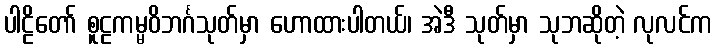
ပါဠိတော် စူဠကမ္မဝိဘင်္ဂသုတ်မှာ ဟောထားပါတယ်၊ အဲဒီ သုတ်မှာ သုဘဆိုတဲ့ လုလင်က